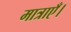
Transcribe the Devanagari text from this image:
मात्राएँ।